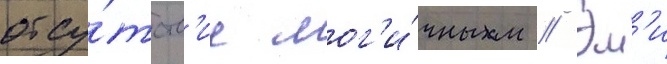
отсу́тств'ие лог'и́чным // Эм'и